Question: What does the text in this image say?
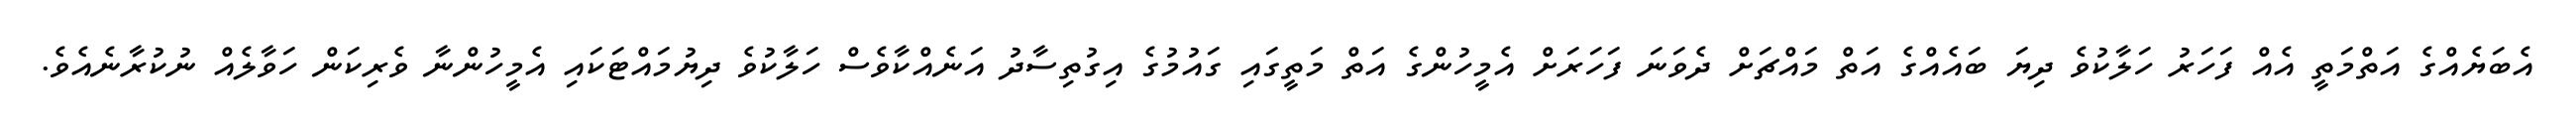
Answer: އެބަޔެއްގެ އަތްމަތީ އެއް ފަހަރު ހަލާކުވެ ދިޔަ ބައެއްގެ އަތް މައްޗަށް ދެވަނަ ފަހަރަށް އެމީހުންގެ އަތް މަތީގައި ގައުމުގެ އިގުތިސާދު އަނެއްކާވެސް ހަލާކުވެ ދިޔުމައްޓަކައި އެމީހުންނާ ވެރިކަން ހަވާލެއް ނުކުރާނެއެވެ.